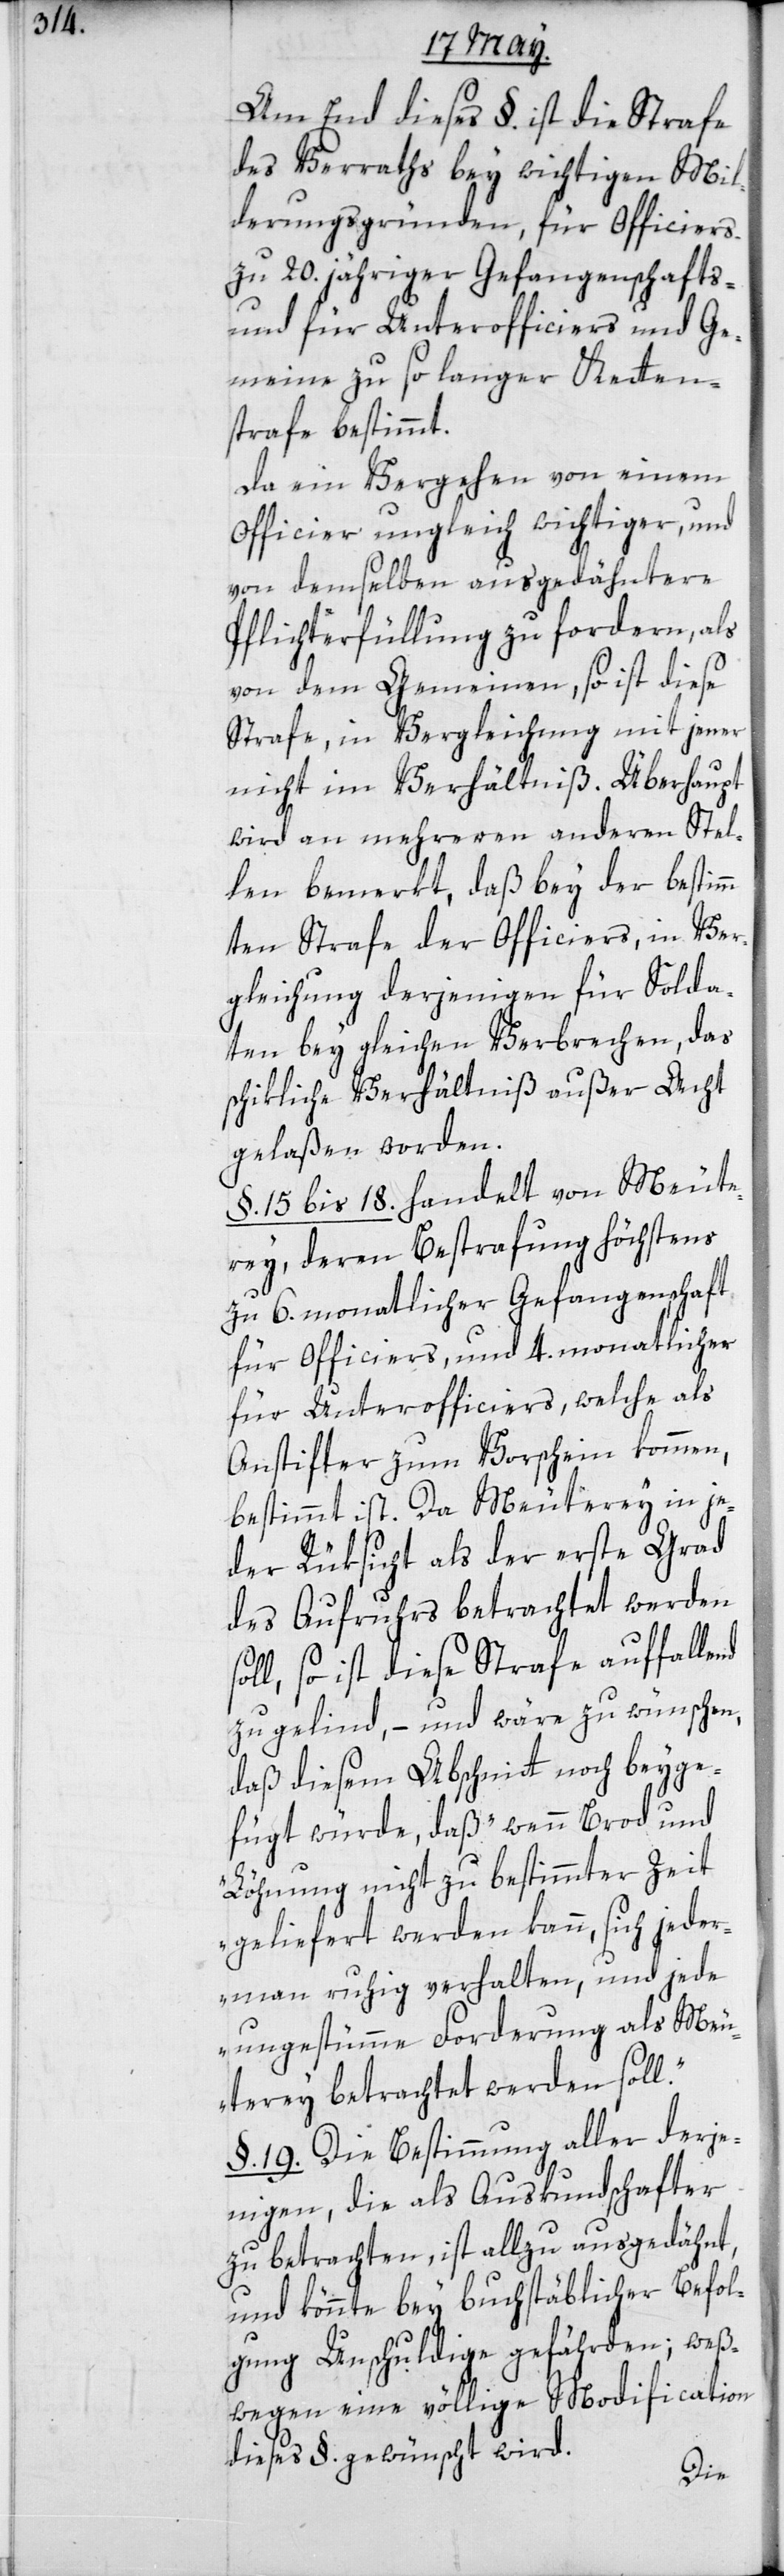
Am End dieses §. ist die Strafe
des Verraths bey wichtigen Mil¬
derungsgründen, für Officiers
zu 20. jähriger Gefangenschafts-
und für Unterofficiers und Ge¬
meine zu so langer Ketten¬
strafe bestimmt.
Da ein Vergehen von einem
Officier ungleich wichtiger und
von demselben ausgedähntere
Pflichterfüllung zu fordern, als
von dem Gemeinen, so ist diese
Strafe, in Vergleichung mit jener
nicht im Verhältniß. Überhaupt
wird an mehreren andern Stel¬
len bemerkt, daß bey der bestim¬
mten Strafe der Officiers, in Ver¬
gleichung derjenigen für Solda¬
ten bey gleichen Verbrechen, das
schikliche Verhältniß außer Acht
gelaßen worden.
§. 15 bis 18. handelt von Meute¬
rey, deren Bestrafung höchstens
zu 6. monatlicher Gefangenschaft
für Officiers, und 4. monatlicher
für Unterofficiers, welche als
Anstifter zum Vorschein kommen,
bestimmt ist. Da Meuterey in je¬
der Rüksicht als der erste Grad
des Aufruhrs betrachtet werden
soll, so ist diese Strafe auffalle¬
zu gelind, – und wäre zu wünschen,
daß diesem Abschnitt noch beyge¬
fügt würde, daß „wenn Brod und
Löhnung nicht zu bestimmter Zeit
geliefert werden kann, sich jeder¬
mann ruhig verhalten, und jede
ungestüme Forderung als Meu¬
terey betrachtet werden soll“.
§. 19. Die Bestimmung aller derje¬
nigen, die als Auskundschafter
zu betrachten, ist allzu ausgedähnt,
und könnte bey buchstäblicher Befol¬
gung Unschuldige gefährden; weß¬
wegen eine völlige Modification
dieses §. gewünscht wird.
nd